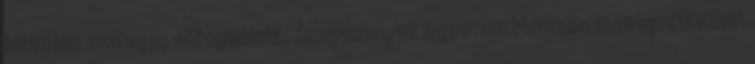
hálapénz utólagos elfogadását. Szegeden, az egyetem klinikáin is megszülethet